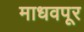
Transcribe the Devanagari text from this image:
माधवपूर